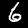
Label: 6